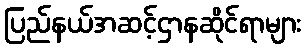
ပြည်နယ်အဆင့်ဌာနဆိုင်ရာများ